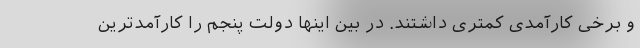
و برخی کارآمدی کمتری داشتند. در بین اینها دولت پنجم را کارآمدترین